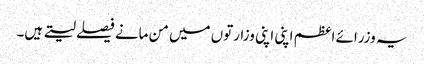
یہ وزرائے اعظم اپنی اپنی وزارتوں میں من مانے فیصلے لیتے ہیں۔